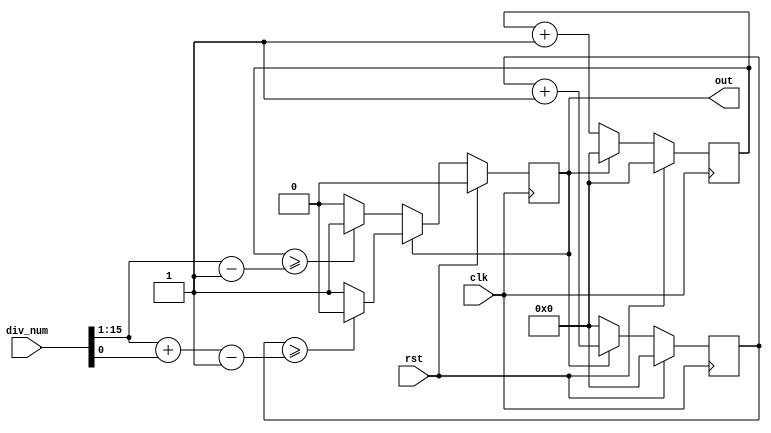
module divider_variable(
    input clk,
    input rst,
    output out,
    input [N-1:0] div_num);
    parameter N = 16;

    //registor definiton
    reg [N-2:0] count_p=0;
    reg [N-2:0] count_n=0;
    reg out=1'b0;

    wire [N-3:0] zero = 0;
    wire [N-2:0] div_num_n = div_num[N-1:1] - 1;
    wire [N-2:0] div_num_p = div_num[N-1:1] + {zero,div_num[0]} - 1;

    always @(posedge clk) begin
        if(rst)begin
            count_p <=0;
            count_n <=0;
            out<=1'b0;
        end else begin
            if(out)begin
                count_n <= 0;
                count_p <= count_p + 1;
                if (count_p >= div_num_p) out <= 1'b0;
                else;
            end else begin
                count_p <= 0;
                count_n <= count_n + 1;
                if (count_n >= div_num_n) out <= 1'b1;
                else;     
            end
        end
    end

endmodule